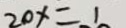
2 0 x = 1